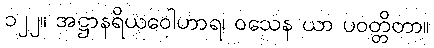
၁၂၂။ အဋ္ဌာနရိယဝေါဟာရ၊ ဝသေန ယာ ပဝတ္တိတာ။